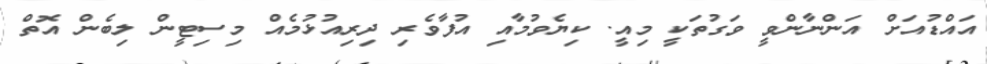
އައްޑުއަށް އަންނާންވީ ވަގުތަކީ މިއީ. ކިޔެވުމާއި އުފާވެރި ދިރިއުޅުމެއް މިސިޓީން ލިބެން އޮތް